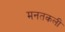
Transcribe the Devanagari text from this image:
मनतकली